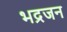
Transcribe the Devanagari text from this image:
भद्रजन